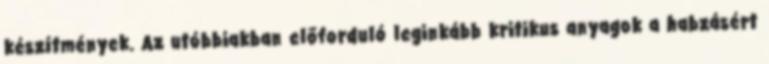
készítmények. Az utóbbiakban előforduló leginkább kritikus anyagok a habzásért